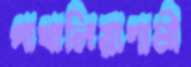
পাথালিয়াগামী